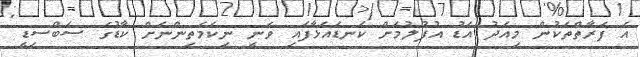
އެ ފަރާތްތަކުން މިއަދު އަޑު އުފުލުމަށް ކަނޑައަޅާފައި ވަނީ ނިކަމެތިންނަށް ކާޑުގެ ސަބްސިޑީ